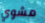
مشوي